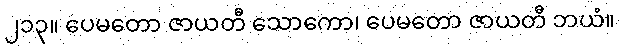
၂၁၃။ ပေမတော ဇာယတီ သောကော၊ ပေမတော ဇာယတီ ဘယံ။